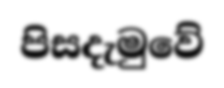
පිසදැමුවේ